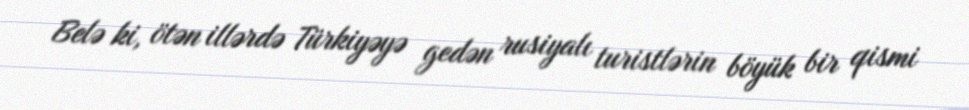
Belə ki, ötən illərdə Türkiyəyə gedən rusiyalı turistlərin böyük bir qismi